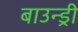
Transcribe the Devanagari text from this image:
बाउन्ड्री